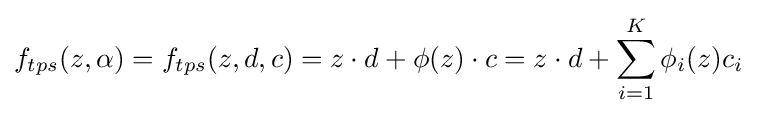
f_{tps}(z,\alpha )=f_{tps}(z,d,c)=z\cdot d+\phi (z)\cdot c=z\cdot d+\sum _{i=1}^{K}\phi _{i}(z)c_{i}